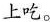
上吃.